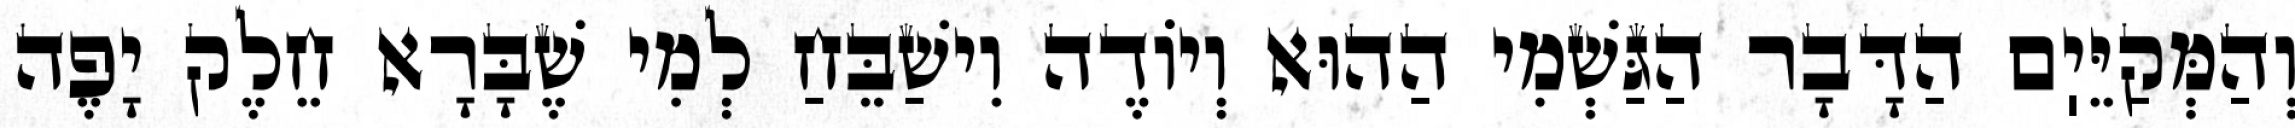
וְהַמְּקַיֵּיֽם הַדָּבָר הַגַּשְׁמִי הַהוּא וְיוֹדֶה וִישַׁבֵּחַ לְמִי שֶׁבָּרָא חֵלֶק יָפֶה